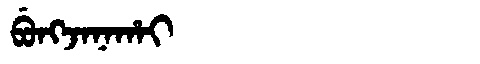
Manchu: ᠪᡠᠩᠵᠠᠨᠠᡥᠠᡳ
Romanization: BUNGJANAHAI